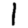
Digit: 1